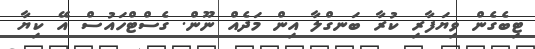
ޓިބެގެން ވިޔަފާރި ކުރާ ބަނގްލާ އިން މަދެއް ނޫން. ގެސްޓްހައުސް އޭ ކިޔާ